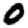
Digit: 0